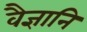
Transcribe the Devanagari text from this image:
वैज्ञानि